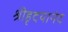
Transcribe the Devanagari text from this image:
श्रीहृदयानंद